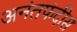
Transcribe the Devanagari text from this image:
अनंतफंदीस